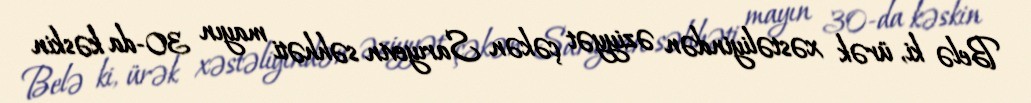
Belə ki, ürək xəstəliyindən əziyyət çəkən Sarıyevin səhhəti mayın 30-da kəskin